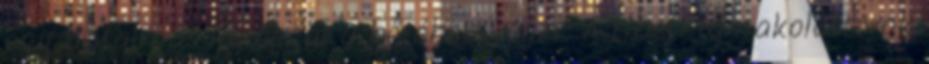
egy hatalmas horoggal a bőrében végzi. A tibeti lámakolostorok